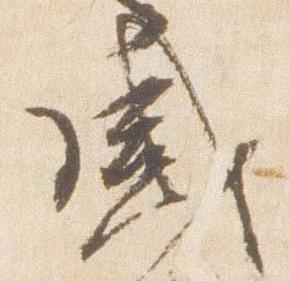
感